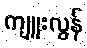
ကျူးလွန်